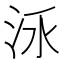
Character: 𣳛